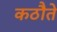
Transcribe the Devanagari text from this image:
कठौते